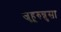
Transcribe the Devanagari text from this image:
जुहूरुन्नुसा